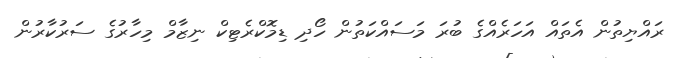
ރައްޔިތުން އެތައް އަހަރެއްގެ ބުރަ މަސައްކަތުން ހޯދި ޑިމޮކްރެޓިކް ނިޒާމް މިހާރުގެ ސަރުކާރުން